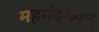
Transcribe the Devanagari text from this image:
महमंदखान